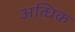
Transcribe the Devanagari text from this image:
अत्धिक